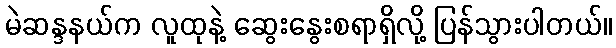
မဲဆန္ဒနယ်က လူထုနဲ့ ဆွေးနွေးစရာရှိလို့ ပြန်သွားပါတယ်။